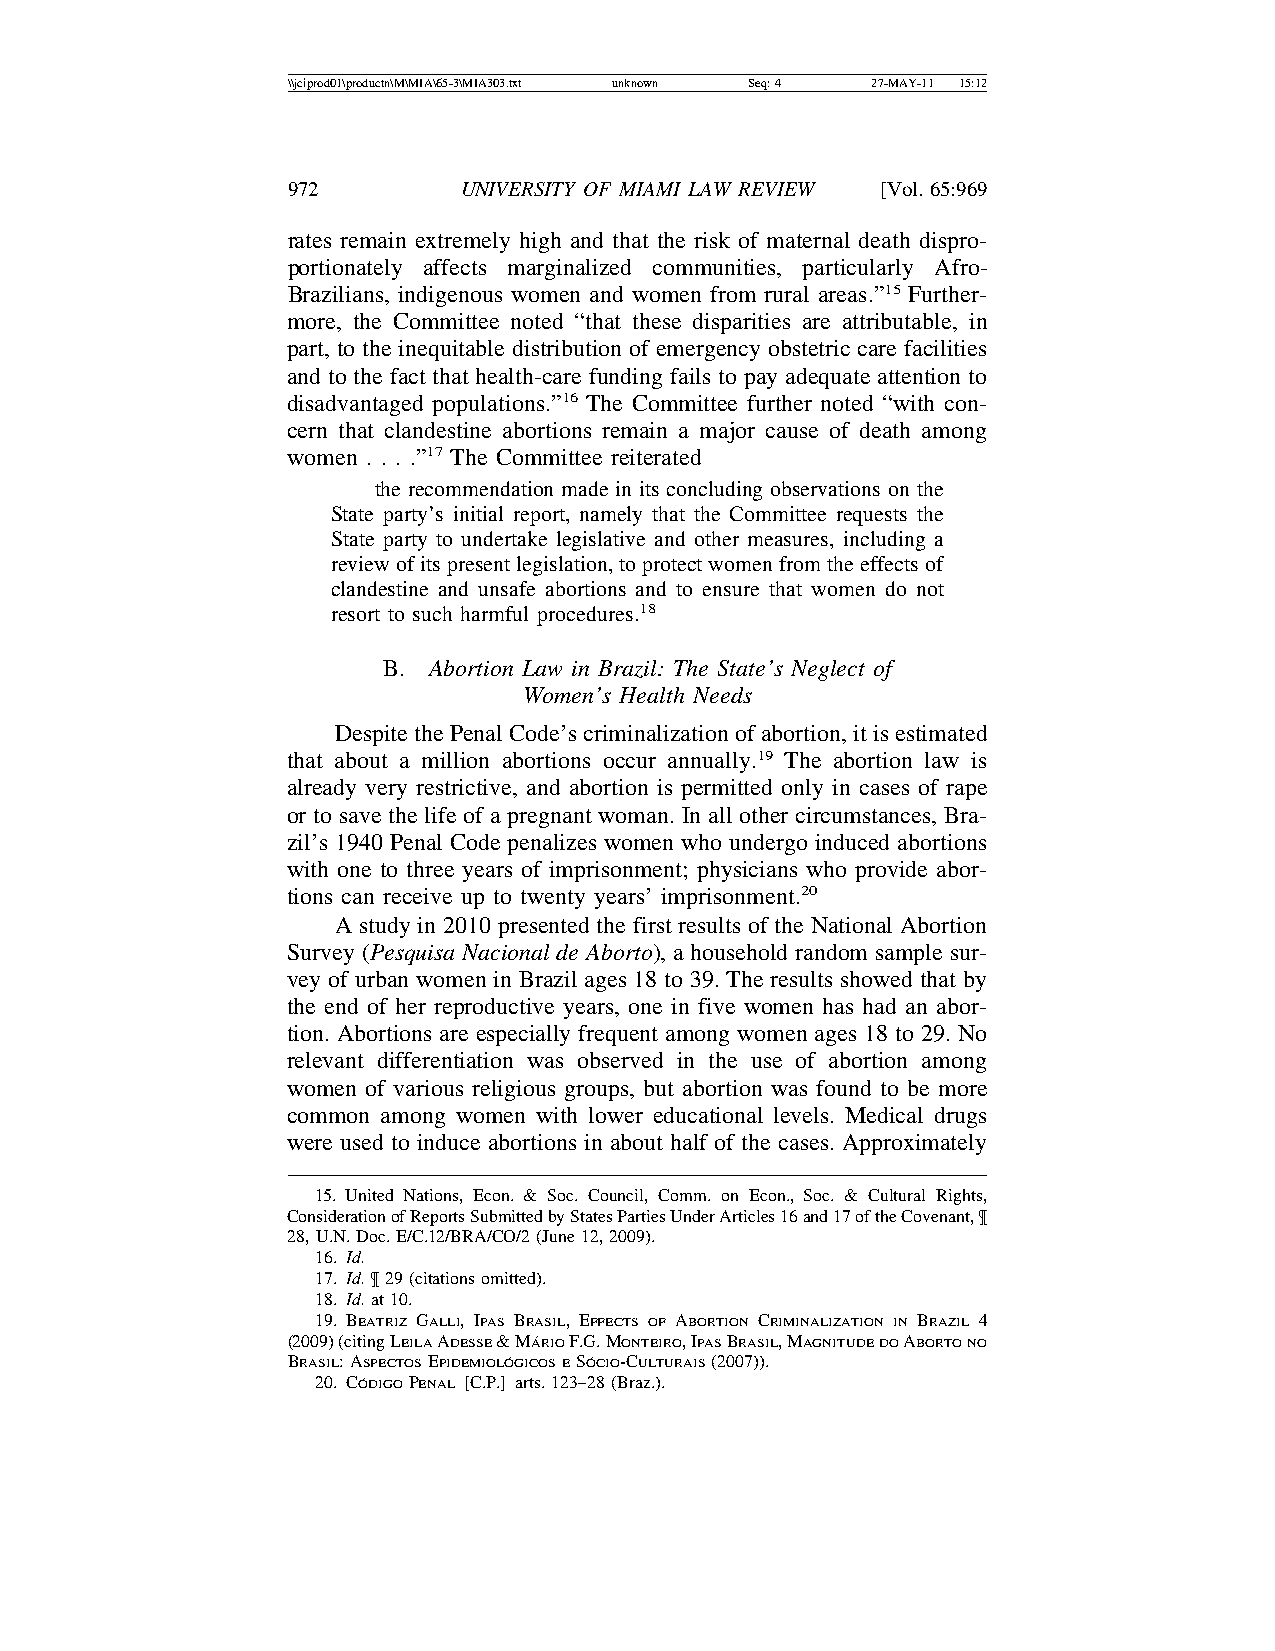
\\jciprod01\productn\M\MIA\65-3\MIA303.txt unknown Seq: 4 27-MAY-11 15:12
 972        UNIVERSITY OF MIAMI LAW REVIEW [Vol.65:969
 rates remain extremely high and that the risk of maternal death dispro-
 portionately affects marginalized communities, particularly Afro-
 Brazilians, indigenous women and women from rural areas.”15 Further-
 more, the Committee noted “that these disparities are attributable, in
 part, to the inequitable distribution of emergency obstetric care facilities
 and to the fact that health-care funding fails to pay adequate attention to
 disadvantaged populations.”16 The Committee further noted “with con-
 cern that clandestine abortions remain a major cause of death among
 women . . . .”17 The Committee reiterated
 the recommendation made in its concluding observations on the
 State party’s initial report, namely that the Committee requests the
 State party to undertake legislative and other measures, including a
 review of its present legislation, to protect women from the effects of
 clandestine and unsafe abortions and to ensure that women do not
 resort to such harmful procedures.18
 B. Abortion Law in Brazil: The State’s Neglect of
 Women’s Health Needs
 Despite the Penal Code’s criminalization of abortion, it is estimated
 that about a million abortions occur annually.19 The abortion law is
 already very restrictive, and abortion is permitted only in cases of rape
 or to save the life of a pregnant woman. In all other circumstances, Bra-
 zil’s 1940 Penal Code penalizes women who undergo induced abortions
 with one to three years of imprisonment; physicians who provide abor-
 tions can receive up to twenty years’ imprisonment.20
 A study in 2010 presented the first results of the National Abortion
 Survey (Pesquisa Nacional de Aborto), a household random sample sur-
 vey of urban women in Brazil ages 18 to 39. The results showed that by
 the end of her reproductive years, one in five women has had an abor-
 tion. Abortions are especially frequent among women ages 18 to 29. No
 relevant differentiation was observed in the use of abortion among
 women of various religious groups, but abortion was found to be more
 common among women with lower educational levels. Medical drugs
 were used to induce abortions in about half of the cases. Approximately
 15. United Nations, Econ. & Soc. Council, Comm. on Econ., Soc. & Cultural Rights,
 Consideration of Reports Submitted by States Parties Under Articles 16 and 17 of the Covenant, ¶
 28, U.N. Doc. E/C.12/BRA/CO/2 (June 12, 2009).
 16. Id.
 17. Id. ¶ 29 (citations omitted).
 18. Id. at 10.
 19. BEATRIZ GALLI, IPAS BRASIL, EFFECTS OF ABORTION CRIMINALIZATION IN BRAZIL 4
 (2009) (citing LEILA ADESSE & MA´RIO F.G. MONTEIRO, IPAS BRASIL, MAGNITUDEDO ABORTONO
 BRASIL: ASPECTOS EPIDEMIOLO´GICOSE SO´CIO-CULTURAIS (2007)).
 20. CO´DIGO PENAL [C.P.] arts. 123–28 (Braz.).